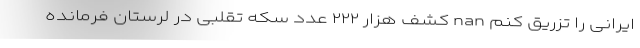
ایرانی را تزریق کنم nan کشف هزار ۲۲۲ عدد سکه تقلبی در لرستان فرمانده